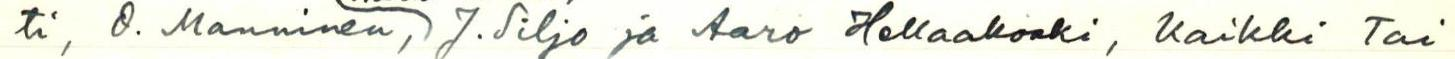
ti, O. Manninen, ) J. Siljo ja Aaro Hellakoski, Kaikki Tai